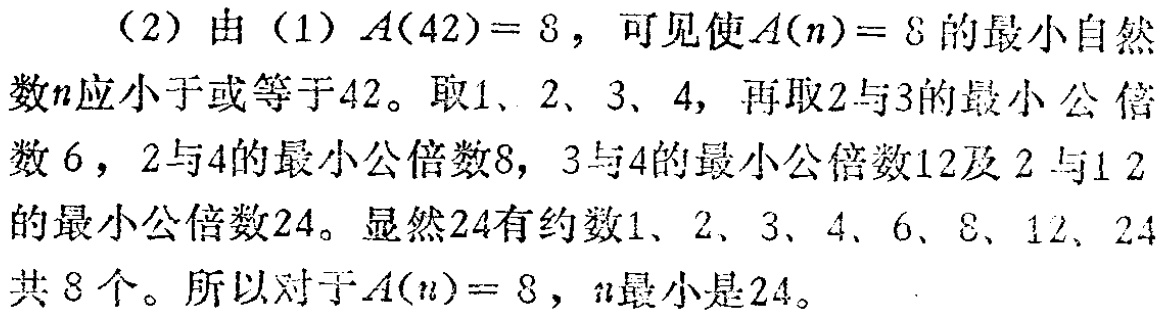
（2）由（1）\(A(42)=8\)，可见使\(A(n)=8\)的最小自然数\(n\)应小于或等于\(42\)。取\(1\)、\(2\)、\(3\)、\(4\)，再取\(2\)与\(3\)的最小公倍数\(6\)，\(2\)与\(4\)的最小公倍数\(8\)，\(3\)与\(4\)的最小公倍数\(12\)及\(2\)与\(12\)的最小公倍数\(24\)。显然\(24\)有约数\(1\)、\(2\)、\(3\)、\(4\)、\(6\)、\(8\)、\(12\)、\(24\)共\(8\)个。所以对于\(A(n)=8\)，\(n\)最小是\(24\)。